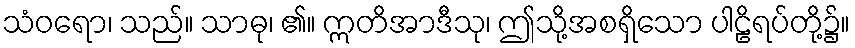
သံဝရော၊ သည်။ သာဓု၊ ၏။ ဣတိအာဒီသု၊ ဤသို့အစရှိသော ပါဠိရပ်တို့၌။